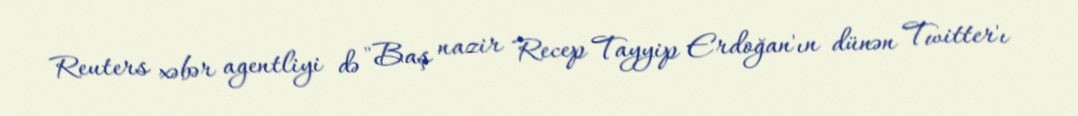
Reuters xəbər agentliyi də "Baş nazir Recep Tayyip Erdoğan'ın dünən Twitter'ı